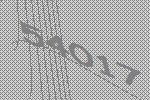
54017